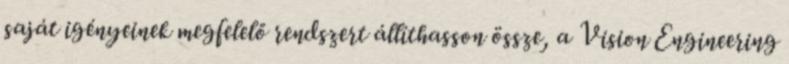
saját igényeinek megfelelő rendszert állíthasson össze, a Vision Engineering